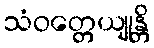
သံဝတ္တေယျုန္တိ